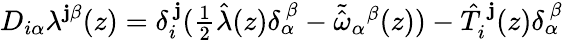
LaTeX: D_{i\alpha}\lambda^{\mathbf{j}\beta}(z)=\delta_{i}^{~\mathbf{j}}(\textstyle{\frac{{1}}{{2}}}\hat{{\lambda}}(z)\delta_{\alpha}^{~\beta}-\tilde{{\hat{{\omega}}}}_{\alpha}{}^{\beta}(z))-\hat{{T}}_{i}^{~\mathbf{j}}(z)\delta_{\alpha}^{~\beta}